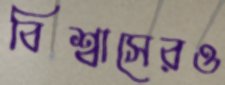
বিশ্বাসেরও